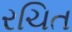
રચિત